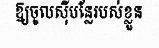
ឱ្យចូលស៊ីបន្លែរបស់ខ្លួន